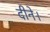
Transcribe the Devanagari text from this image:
दीने।